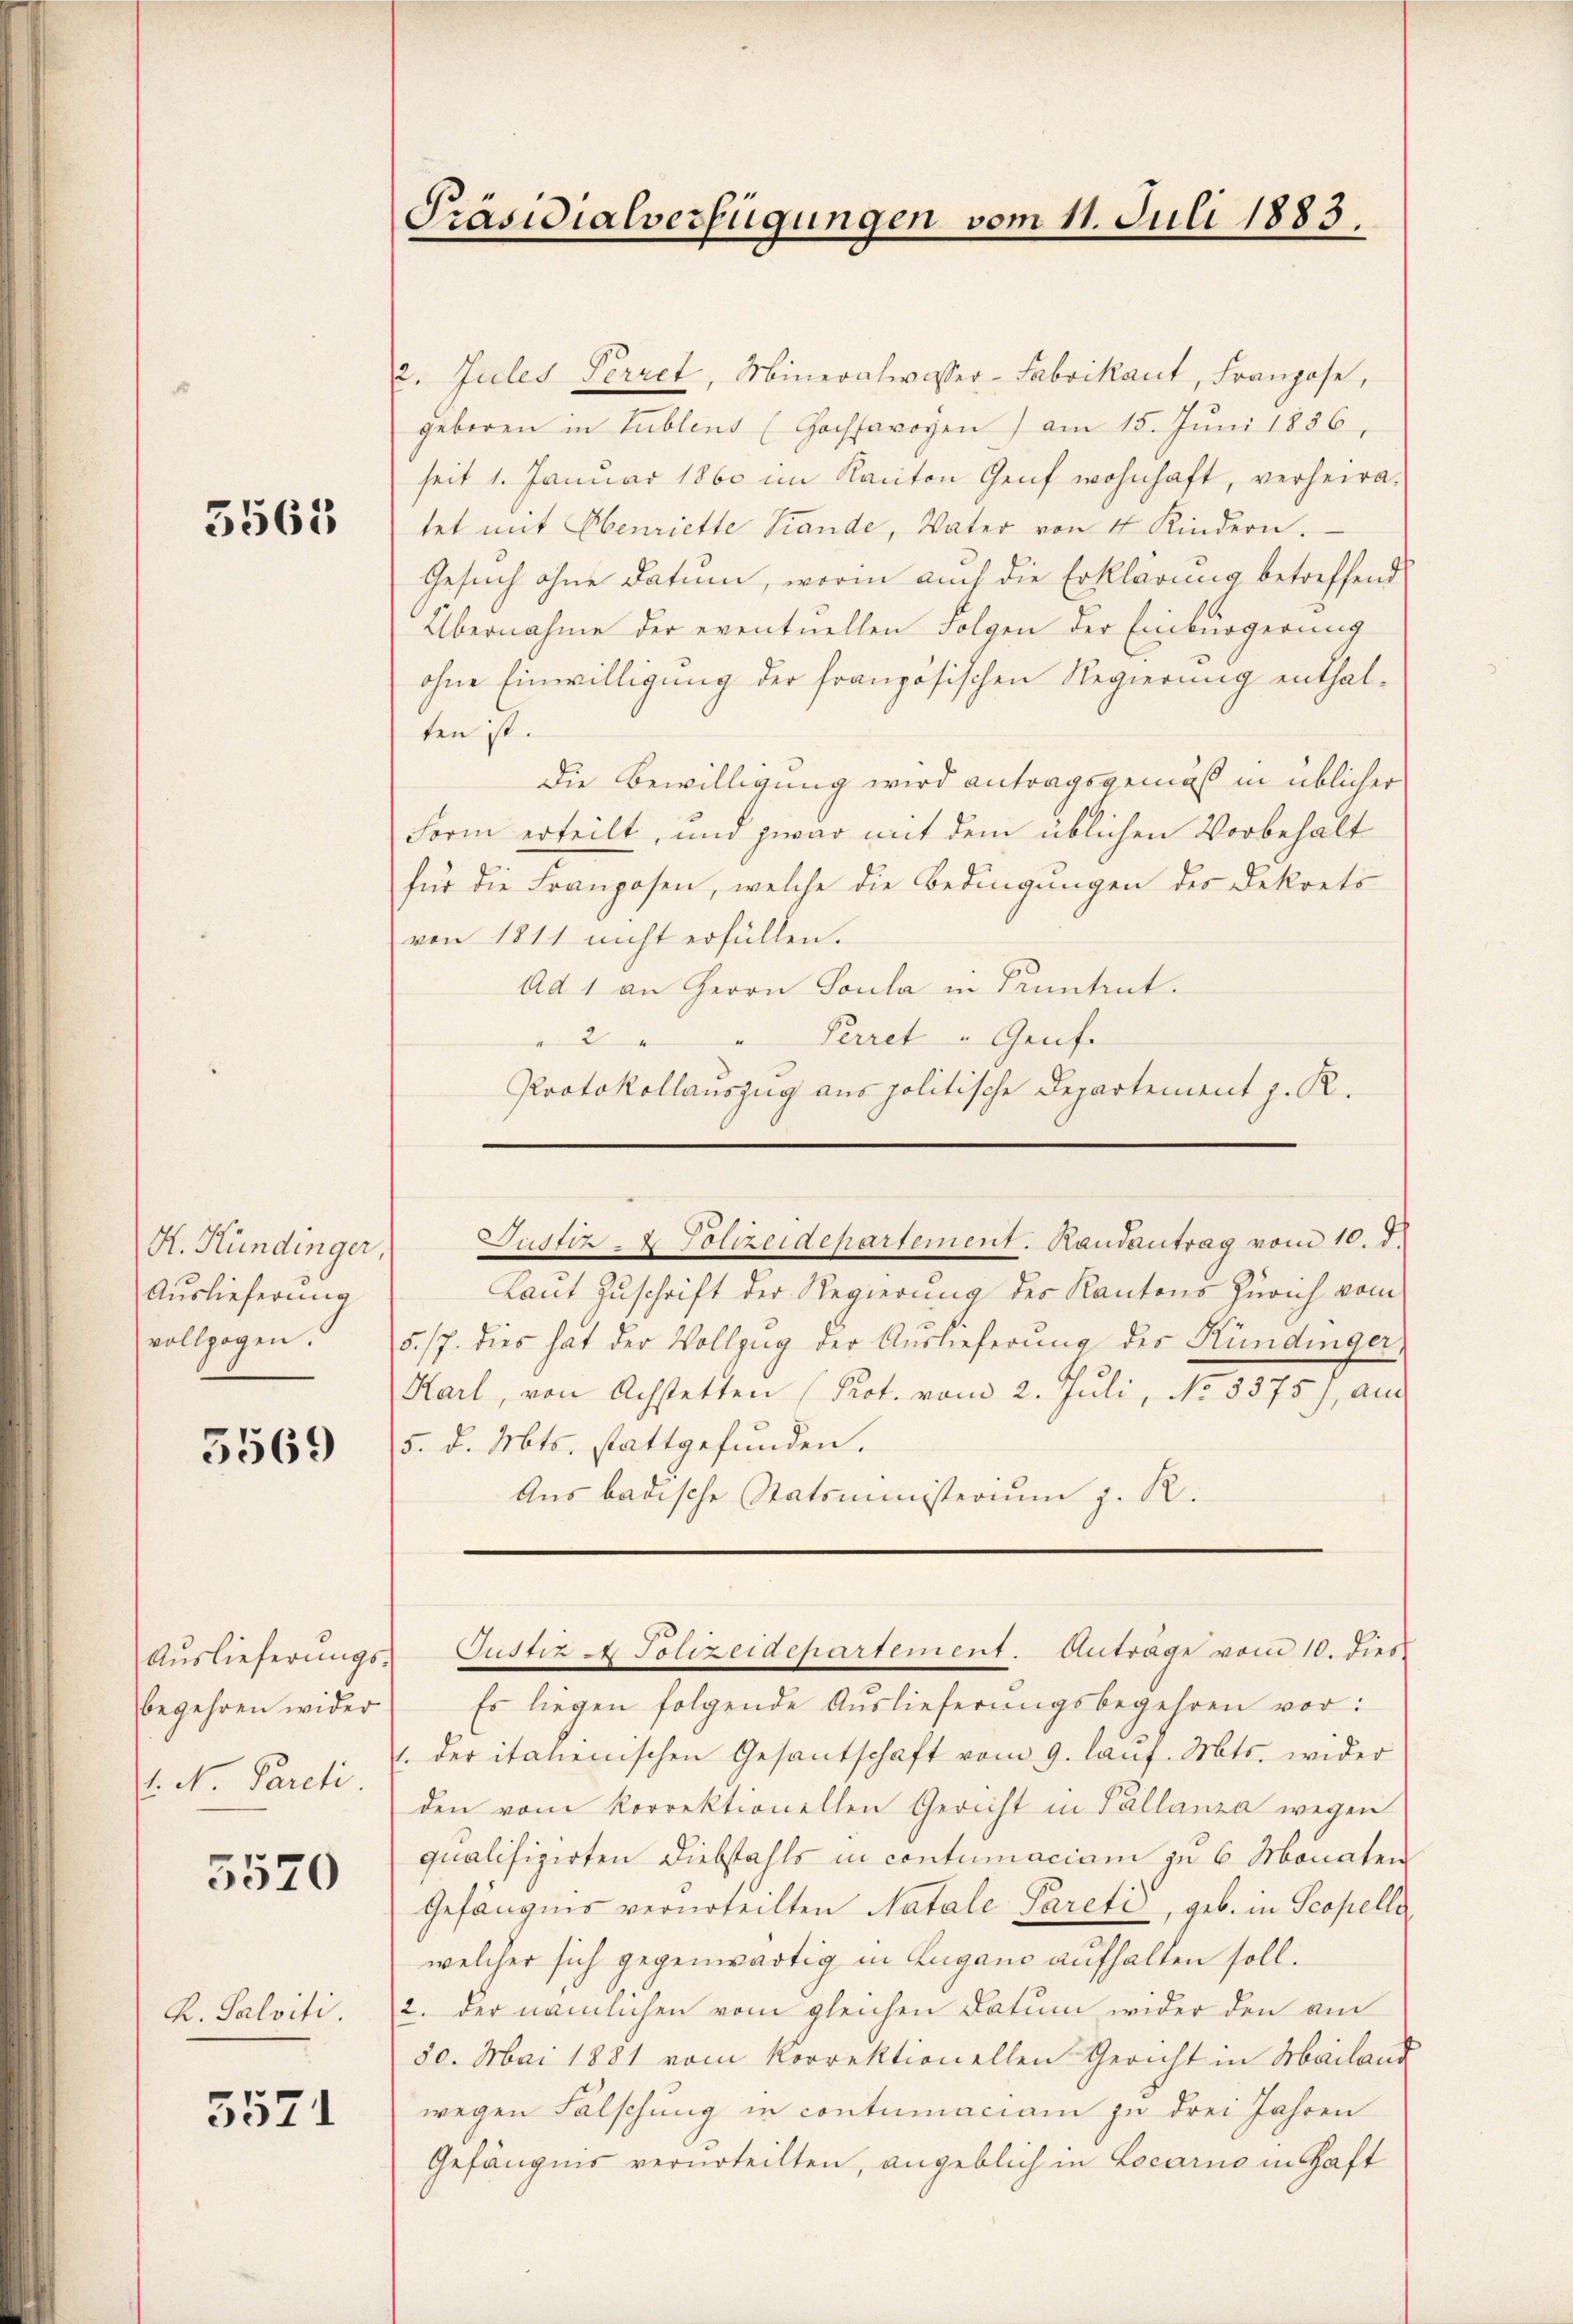
3563

H. Kündinger
Auslieferung
vollzogen.

5569

Auslieferungsbegehren wider
l. N. Parcti.

5520

K. Salviti.

5571

2. Jules Perret, Mineralwisser-Fabrikant, Franzose,
geboren in Tublens (Hochsavoyen ) am 15. Juni 1856,
seit 1. Januar 1860 im Kanton Genf wohnhaft, verheiratet mit Henriette Stande, Vater von 4 Kindern.
Gesuch ohne Datum, worin auch die Erklärung betreffend
Übernahme der eventuellen Folgen der Einbürgerung
ohne Einwilligung der französischen Regierung enthalten ist.
Die Bewilligung wird antragsgemäß in üblicher
Form erteilt, und zwar mit dem üblichen Vorbehalt
für die Franzosen, welche die Bedingungen des Dekrets
von 1811 nicht erfüllen.
Ad 1 an Herrn Soula in Kenntent.
Perret " Genf.
2
d
Protokollauszug aus politische Departement z. R.

Präsidialverfügungen vom 11. Juli 1883.

Laut Zuschrift der Regierung des Kantons Zürich vom
5./7. dies hat der Vollzug der Auslieferung der Kündinger,
Karl, von Achstetten (Prot. vom 2. Juli, No. 5375), au
5. d. Mts. stattgefunden.
Aus badische Statsministerium z. R.
Es liegen folgende Auslieferungsbegehren vor:
v. der italienischen Gesantschaft vom 9. laŭf. Mts. wider
den vom korrektionellen Gericht in Pallanza wegen
qualifizirten Diebstahls in contumaciam zu 6 Monaten
Gefängnis verurteilten Natale Parete, geb. in Scopella
welcher sich gegenwärtig in Lugano aufhalten soll.
2. der nämlichen vom gleichen Datum wider den am
80. Mai 1881 vom Korrektionellen Gericht in Mailand
wegen Fälschung in contumaciam zu drei Jahren
Gefängnis verurteilten, angeblich in Locarno in Haft

Justiz- & Polizeidepartement. Randantrag vom 10. d.

Justiz & Polizeidepartement. Anträge vom 10. dies